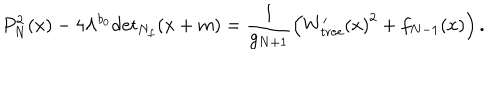
P _ { N } ^ { 2 } ( x ) - 4 \Lambda ^ { b _ { 0 } } \mathrm { d e t } _ { N _ { f } } ( x + m ) = \frac { 1 } { g _ { N + 1 } } \left( { W _ { \mathrm { t r e e } } ^ { \prime } ( x ) } ^ { 2 } + f _ { N - 1 } ( x ) \right) .